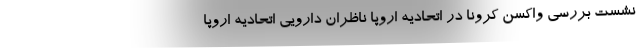
نشست بررسی واکسن کرونا در اتحادیه اروپا ناظران دارویی اتحادیه اروپا